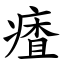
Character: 㾴